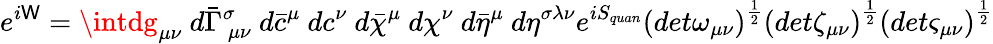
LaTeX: e^{i\mathsf{W}}=\intdg_{\mu\nu}~d\bar{{\Gamma}}_{~\mu\nu}^{\sigma}~d\bar{{c}}^{\mu}~dc^{\nu}~d\bar{{\chi}}^{\mu}~d\chi^{\nu}~d\bar{{\eta}}^{\mu}~d\eta^{\sigma\lambda\nu}e^{iS_{quan}}\left(det\omega_{\mu\nu}\right)^{\frac{{1}}{{2}}}\left(det\zeta_{\mu\nu}\right)^{\frac{{1}}{{2}}}\left(det\varsigma_{\mu\nu}\right)^{\frac{{1}}{{2}}}